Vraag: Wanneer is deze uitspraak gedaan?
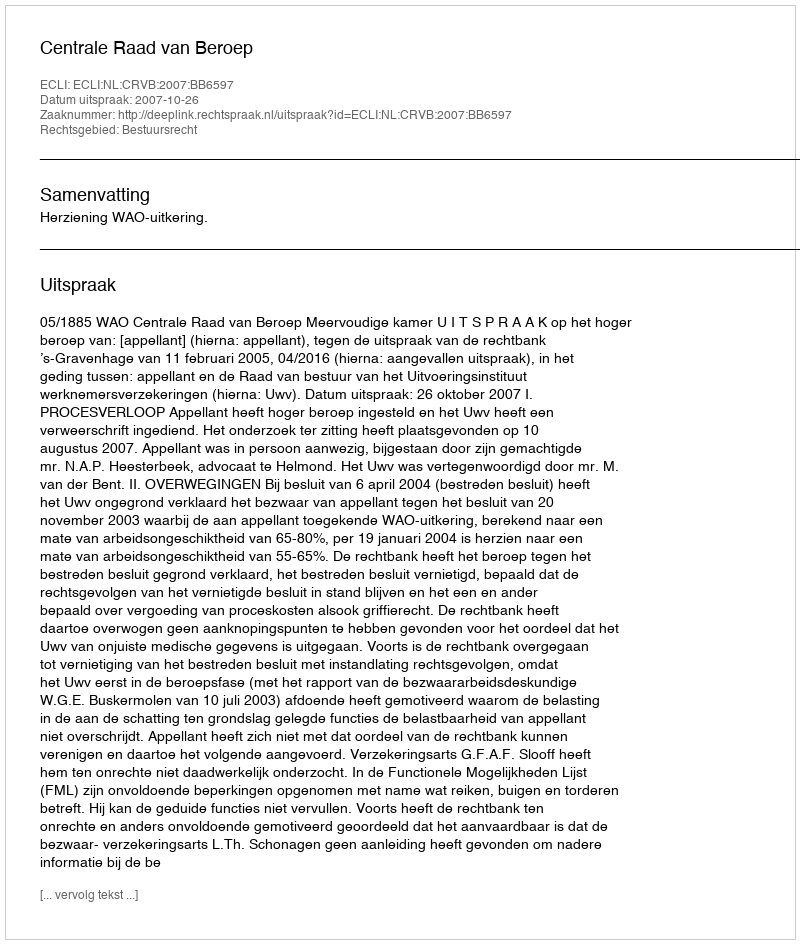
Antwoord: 2007-10-26